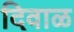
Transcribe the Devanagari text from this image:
दिवाळ